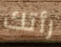
رأتك